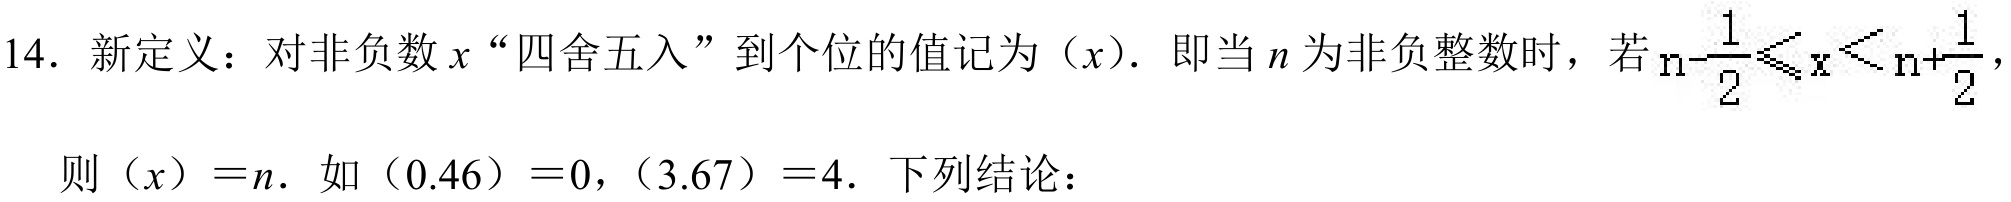
14. 新定义：对非负数\(x\)“四舍五入”到个位的值记为\((x)\). 即当\(n\)为非负整数时，若\(n - \frac{1}{2} \leq x < n + \frac{1}{2}\)，
则\((x)=n\). 如\((0.46)=0\)，\((3.67)=4\). 下列结论：